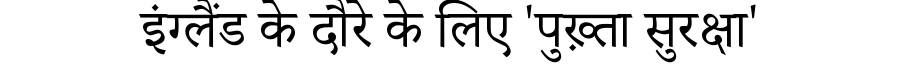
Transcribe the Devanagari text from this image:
इंग्लैंड के दौरे के लिए 'पुख़्ता सुरक्षा'